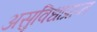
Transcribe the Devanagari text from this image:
असुविधाप्राप्त